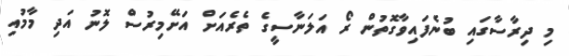
މި ދިރާސާގައި ބުނެފައިވާގޮތުން ރޯ އަލަނާސީގެ ތެރެއަށް އަށޭމިރުސް ލޮނު އަދި މާމުއި